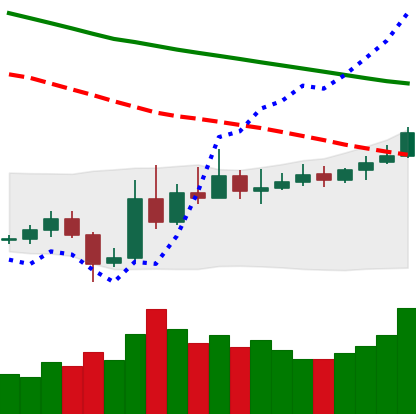
Ticker: ETC-USD
Chart end date: 2019-11-07
Forward return: -6.746%
Label: down_5_7